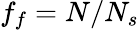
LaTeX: f_{f}=N/N_{s}